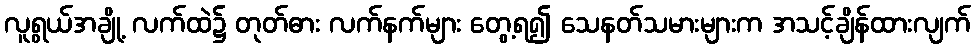
လူရွယ်အချို့ လက်ထဲ၌ တုတ်ဓား လက်နက်များ တွေ့ရ၍ သေနတ်သမားများက အသင့်ချိန်ထားလျက်